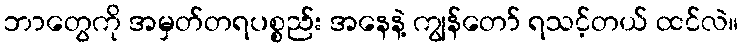
ဘာတွေကို အမှတ်တရပစ္စည်း အနေနဲ့ ကျွန်တော် ရသင့်တယ် ထင်လဲ။